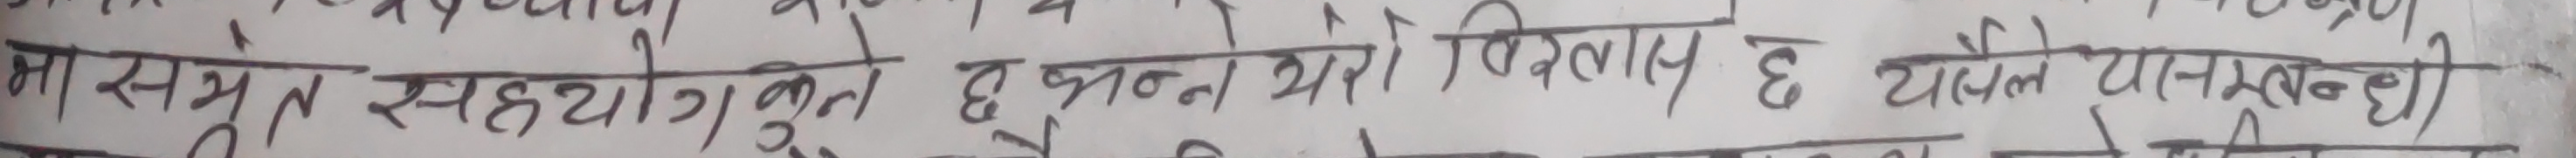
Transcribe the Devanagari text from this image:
मा सम्पुर्ण सहयोगिहरु भुक्तभोगी योरी बिलाप छ त्यसैले यस्नन्ती